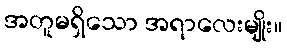
အတူမရှိသော အရာလေးမျိုး။